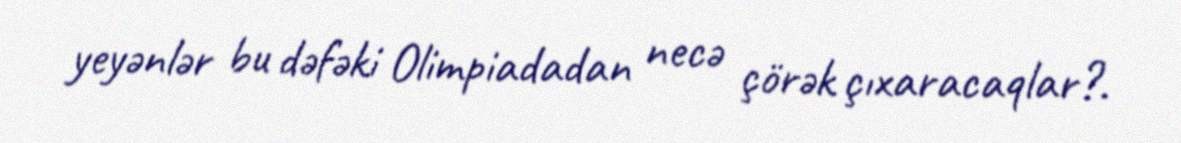
yeyənlər bu dəfəki Olimpiadadan necə çörək çıxaracaqlar?.